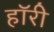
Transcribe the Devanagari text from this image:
हॉरी